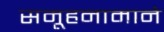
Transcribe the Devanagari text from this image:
समूहनामाने